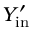
Y _ { \mathrm { i n } } ^ { \prime }